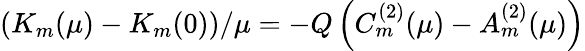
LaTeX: \left(K_{m}(\mu)-K_{m}(0)\right)/\mu=-Q\left(C_{m}^{(2)}(\mu)-A_{m}^{(2)}(\mu)\right)